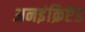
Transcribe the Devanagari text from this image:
अनइंक्रिप्टेड